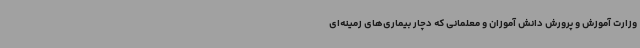
وزارت آموزش و پرورش دانش آموزان و معلمانی که دچار بیماری‌های زمینه‌ای